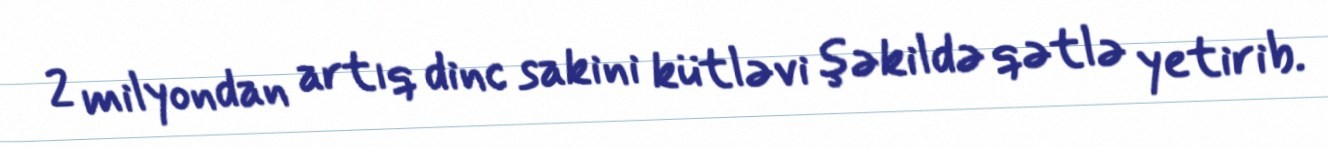
2 milyondan artıq dinc sakini kütləvi şəkildə qətlə yetirib.